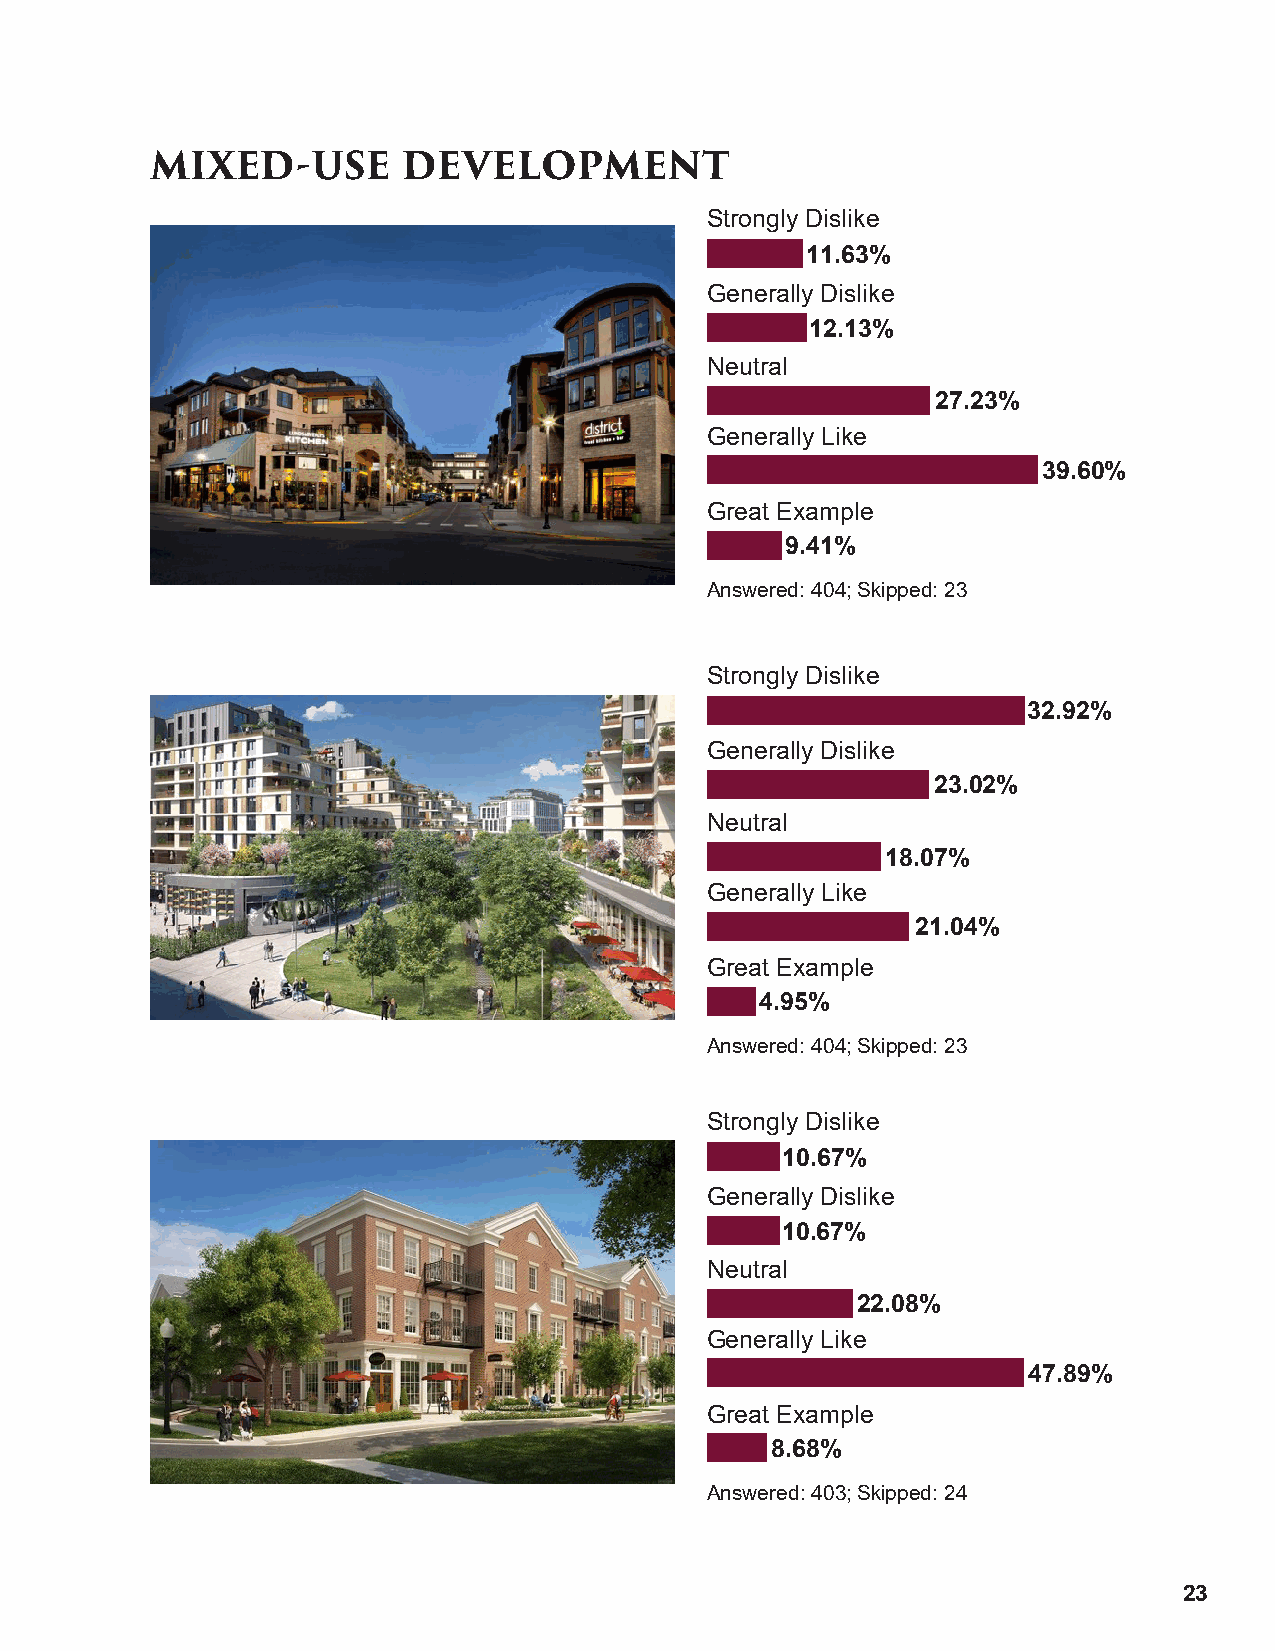
MIXED-USE        DEVELOPMENT
 Strongly Dislike
 11.63%
 Generally Dislike
 12.13%
 Neutral
 27.23%
 Generally Like
 39.60%
 Great Example
 9.41%
 Answered: 404; Skipped: 23
 Strongly Dislike
 32.92%
 Generally Dislike
 23.02%
 Neutral
 18.07%
 Generally Like
 21.04%
 Great Example
 4.95%
 Answered: 404; Skipped: 23
 Strongly Dislike
 10.67%
 Generally Dislike
 10.67%
 Neutral
 22.08%
 Generally Like
 47.89%
 Great Example
 8.68%
 Answered: 403; Skipped: 24
 23